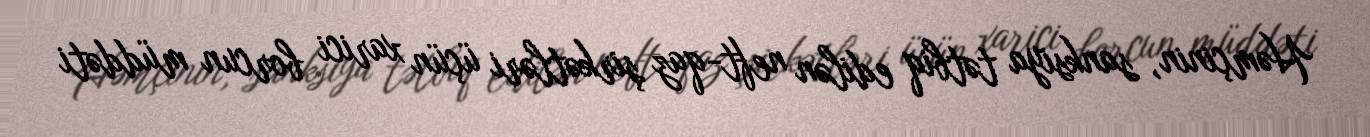
Həmçinin, sanksiya tətbiq edilən neft-qaz şirkətləri üçün xarici borcun müddəti